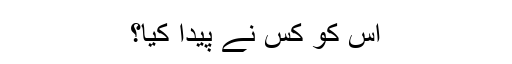
اس کو کس نے پیدا کیا؟